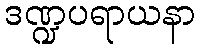
ဒဏ္ဍပရာယနာ